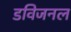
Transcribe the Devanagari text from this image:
डविजनल